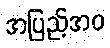
အပြည့်အဝ